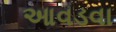
આવડવા